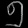
Digit: ၅